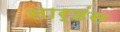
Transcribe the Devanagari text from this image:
लार्डंस